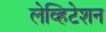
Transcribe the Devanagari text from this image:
लेव्हिटेशन